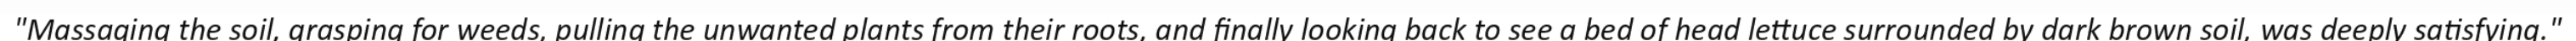
"Massaging the soil, grasping for weeds, pulling the unwanted plants from their roots, and finally looking back to see a bed of head lettuce surrounded by dark brown soil, was deeply satisfying."